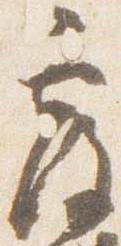
覆